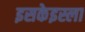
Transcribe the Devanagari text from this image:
इसकेइस्ला